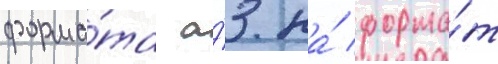
форма́та а́3 на́ форма́т